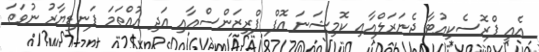
އެއީ ޕްރޮސެކިއުޓާ ޖެނަރަލްއާއި ކޮމިޝަނަ އޮފް ޕްރިޒަންސްއާއި އަދި އުއްތަމަ ފަނޑިޔާރު ނުވަތަ